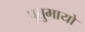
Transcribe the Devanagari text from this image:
पुतुमायो